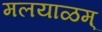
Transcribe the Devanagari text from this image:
मलयाळम्‌